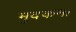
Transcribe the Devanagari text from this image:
मुदकमा